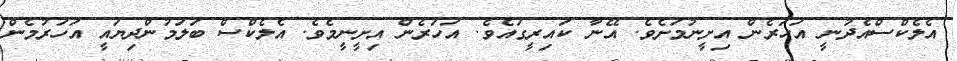
އެލެކްސްއެދުނީ އަހަރެން އިށީނުމަށެވެ. އޭނާ ކައިރީގައެވެ. އަހަރެން އިށީނީމެވެ. އެލެކްސް ބަލަމުންދިޔައީ އަހަރުމެން